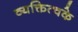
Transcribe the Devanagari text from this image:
व्यक्तित्वके